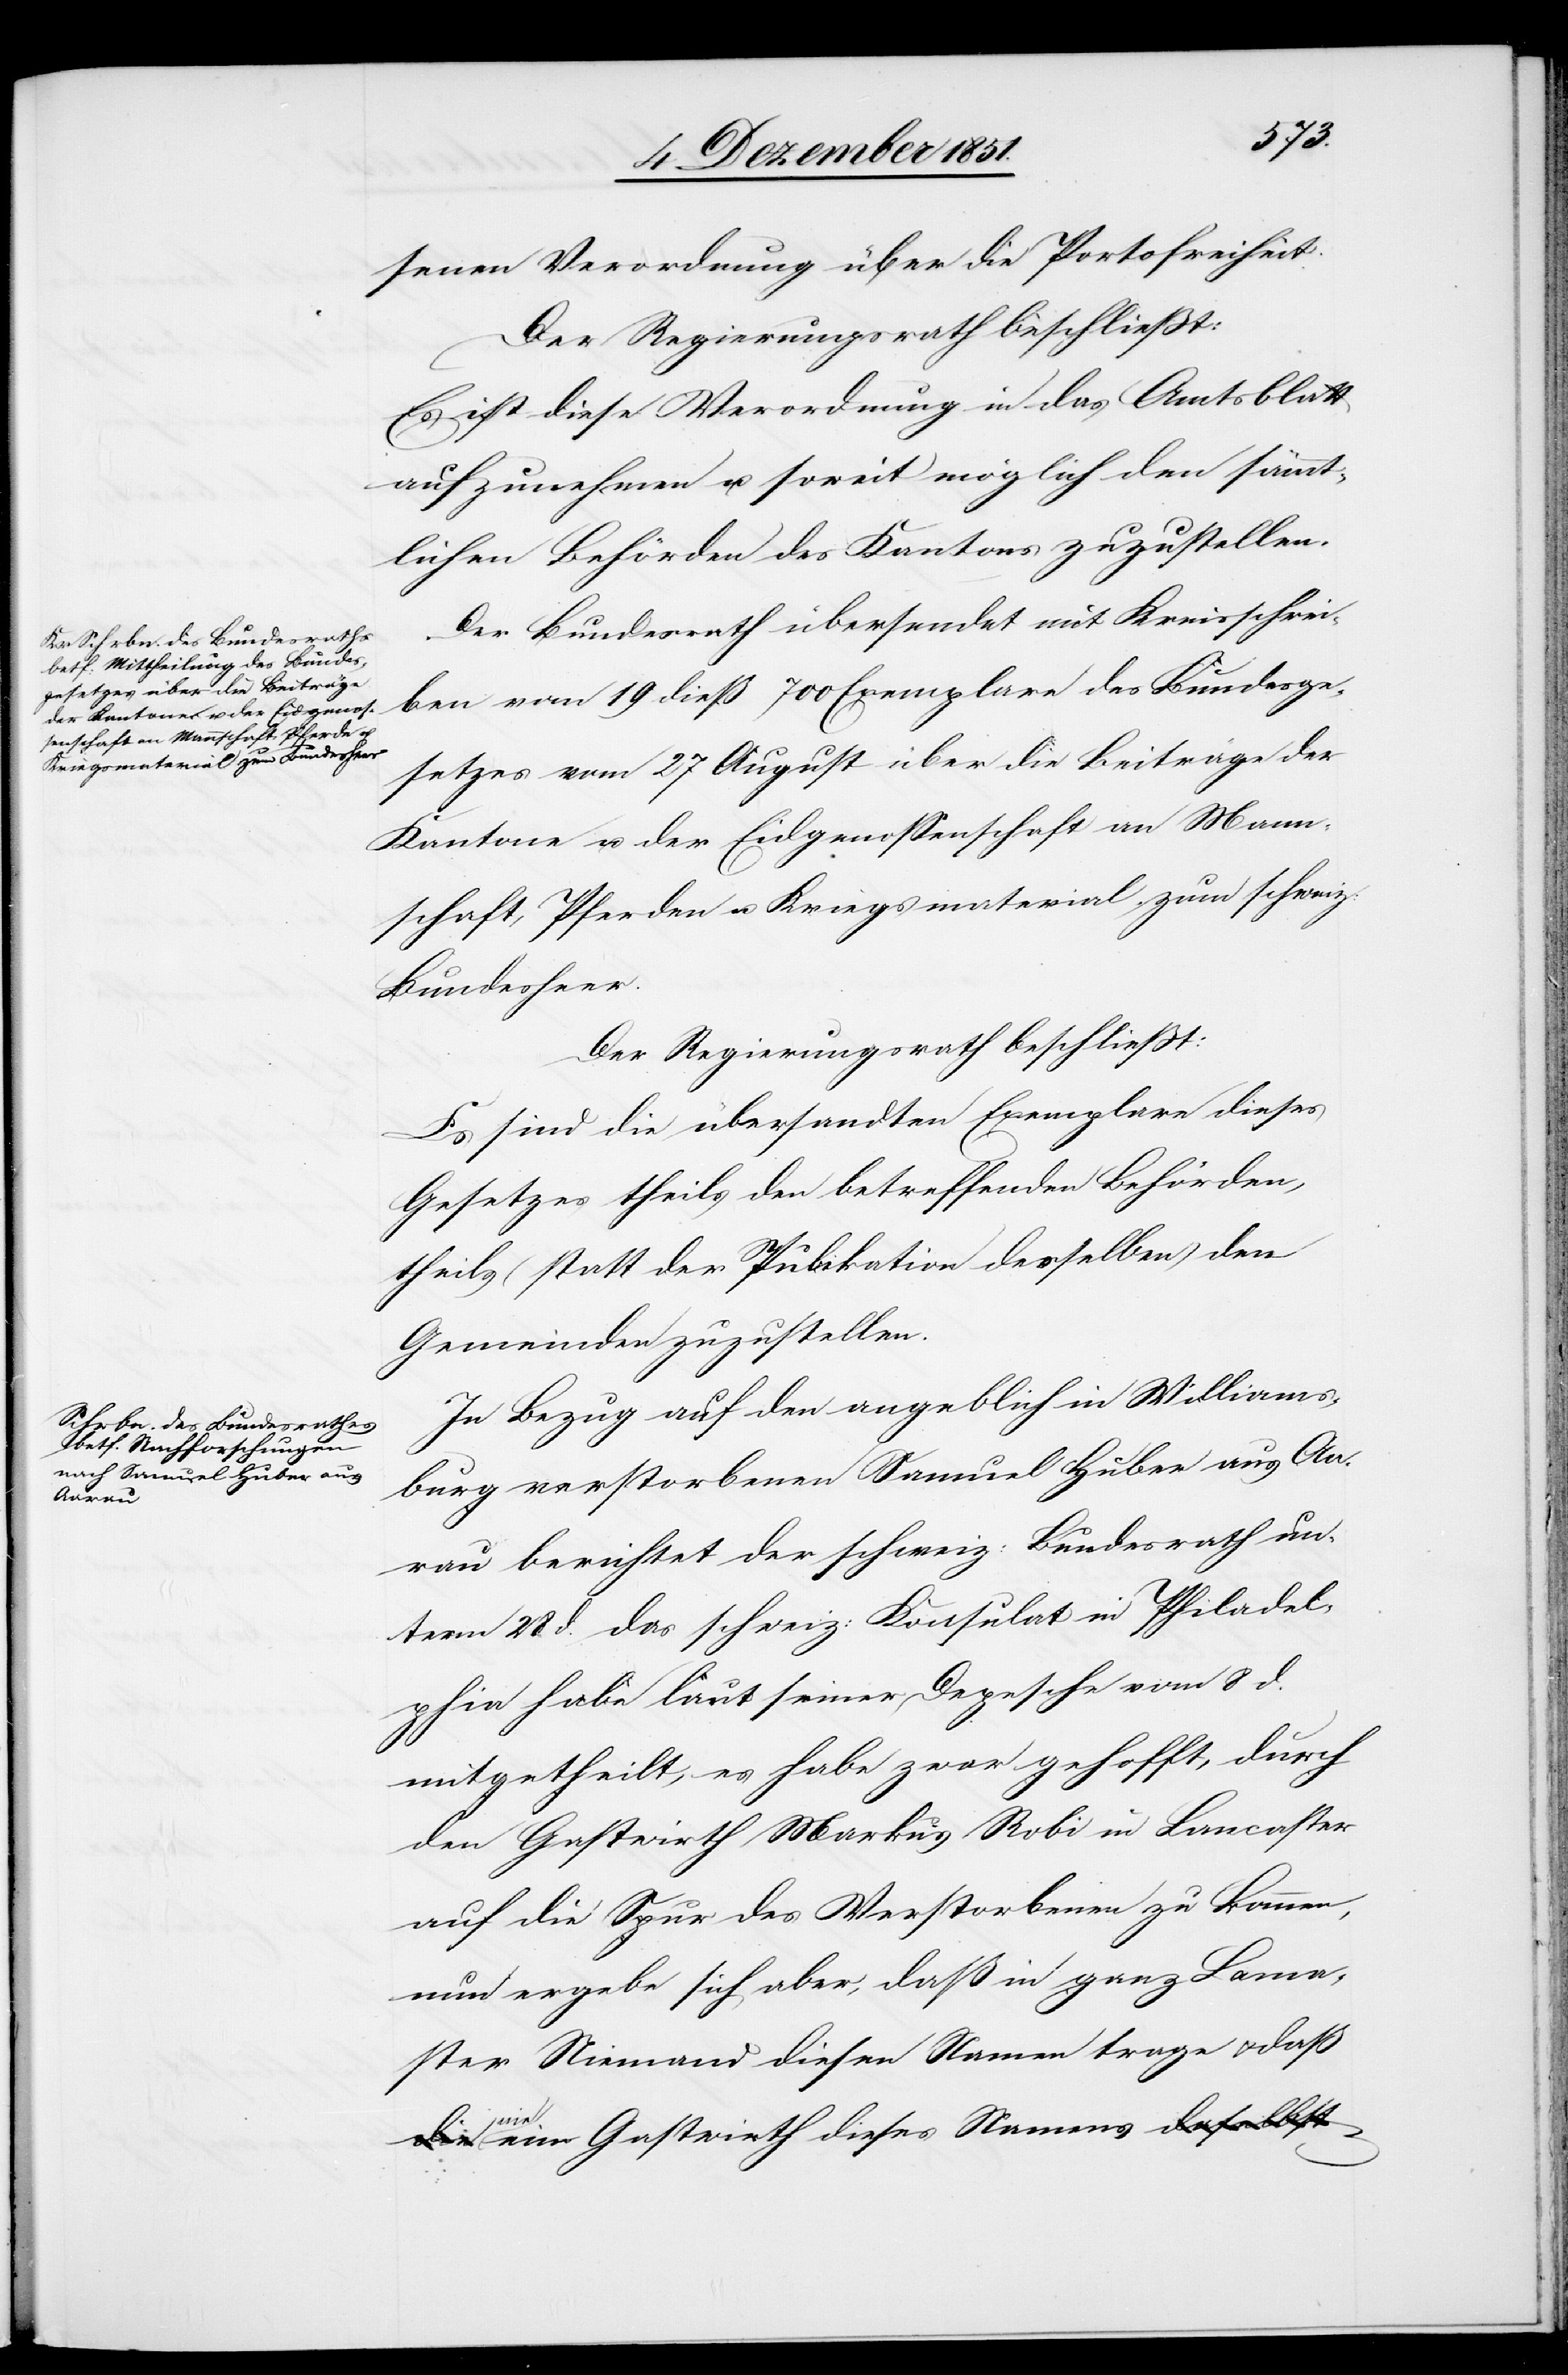
senen Verordnung über die Portofreiheit.
Der Regierungsrath beschließt:
Es ist diese Verordnung in das Amtsblatt
aufzunehmen u. soweit möglich den sämmt¬
lichen Behörden des Kantons zuzustellen.
Der Bundesrath übersendet mit Kreisschrei¬
ben vom 19 dieß 700 Exemplare des Bundesge¬
setzes vom 27 August über die Beiträge der
Kantone u. der Eidgenossenschaft an Mann¬
schaft, Pferden u. Kriegsmaterial zum schweiz:
Bundesheer.
Der Regierungsrath beschließt:
Es sind die übersandten Exemplare dieses
Gesetzes theils den betreffenden Behörden,
theils (statt der Publikation derselben) den
Gemeinden zuzustellen.
In Bezug auf den angeblich in Williams¬
burg verstorbenen Samuel Huber aus Aa¬
rau berichtet der schweiz: Bundesrath un¬
term 28. d. das schweiz: Konsulat in Philadel¬
phia habe laut seiner Depesche vom 8 d.
mitgetheilt, es habe zwar gehofft, durch
den Gastwirth Markus Robi in Lancaster
auf die Spur des Verstorbenen zu kommen,
nun ergebe sich aber, daß in ganz Lanca¬
ster Niemand diesen Namen trage & daß